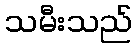
သမီးသည်